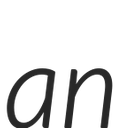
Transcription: an